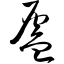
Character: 岿